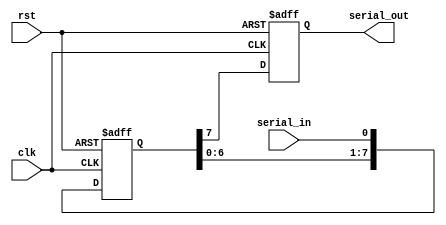
module siso (
    input wire clk,        
    input wire rst,        
    input wire serial_in,  
    output reg serial_out  
);
    reg [7:0] shift_reg;  

    always @(posedge clk or posedge rst) begin
        if (rst) begin
            shift_reg <= 8'b0;    
            serial_out <= 1'b0;    
        end else begin
            serial_out <= shift_reg[7]; 
            shift_reg <= {shift_reg[6:0], serial_in}; 
        end
    end
endmodule

module siso_1 (
    input wire clk,        
    input wire rst,        
    input wire serial_in,  
    output reg serial_out  
);
    reg  shift_reg;  

    always @(posedge clk or posedge rst) begin
        if (rst) begin
            shift_reg <= 0;    
            serial_out <= 0;    
        end else begin
            serial_out <= shift_reg; 
            shift_reg <= serial_in; 
        end
    end
endmodule